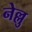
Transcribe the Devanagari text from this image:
नेल्लु